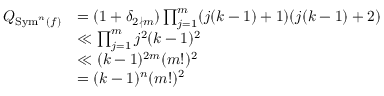
\begin{array} { r l } { Q _ { \mathrm { S y m } ^ { n } ( f ) } } & { = ( 1 + \delta _ { 2 \nmid m } ) \prod _ { j = 1 } ^ { m } ( j ( k - 1 ) + 1 ) ( j ( k - 1 ) + 2 ) } \\ & { \ll \prod _ { j = 1 } ^ { m } j ^ { 2 } ( k - 1 ) ^ { 2 } } \\ & { \ll ( k - 1 ) ^ { 2 m } ( m ! ) ^ { 2 } } \\ & { = ( k - 1 ) ^ { n } ( m ! ) ^ { 2 } } \end{array}